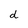
Character: d